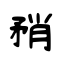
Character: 矟